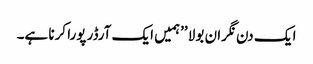
ا یک دن نگران بولا ’’ہمیں ایک آرڈر پورا کرنا ہے۔